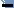
Text: -